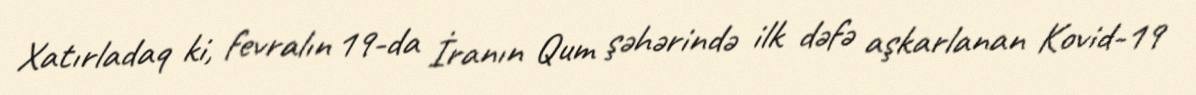
Xatırladaq ki, fevralın 19-da İranın Qum şəhərində ilk dəfə aşkarlanan Kovid-19